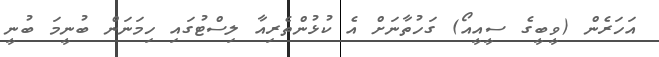
އަހަރެން (ވީބީގެ ސީއީއޯ) ގަހުތާނަށް އެ ކުޅުންތެރިއާ ލިސްޓުގައި ހިމަނަން ބުނީމަ ބުނީ